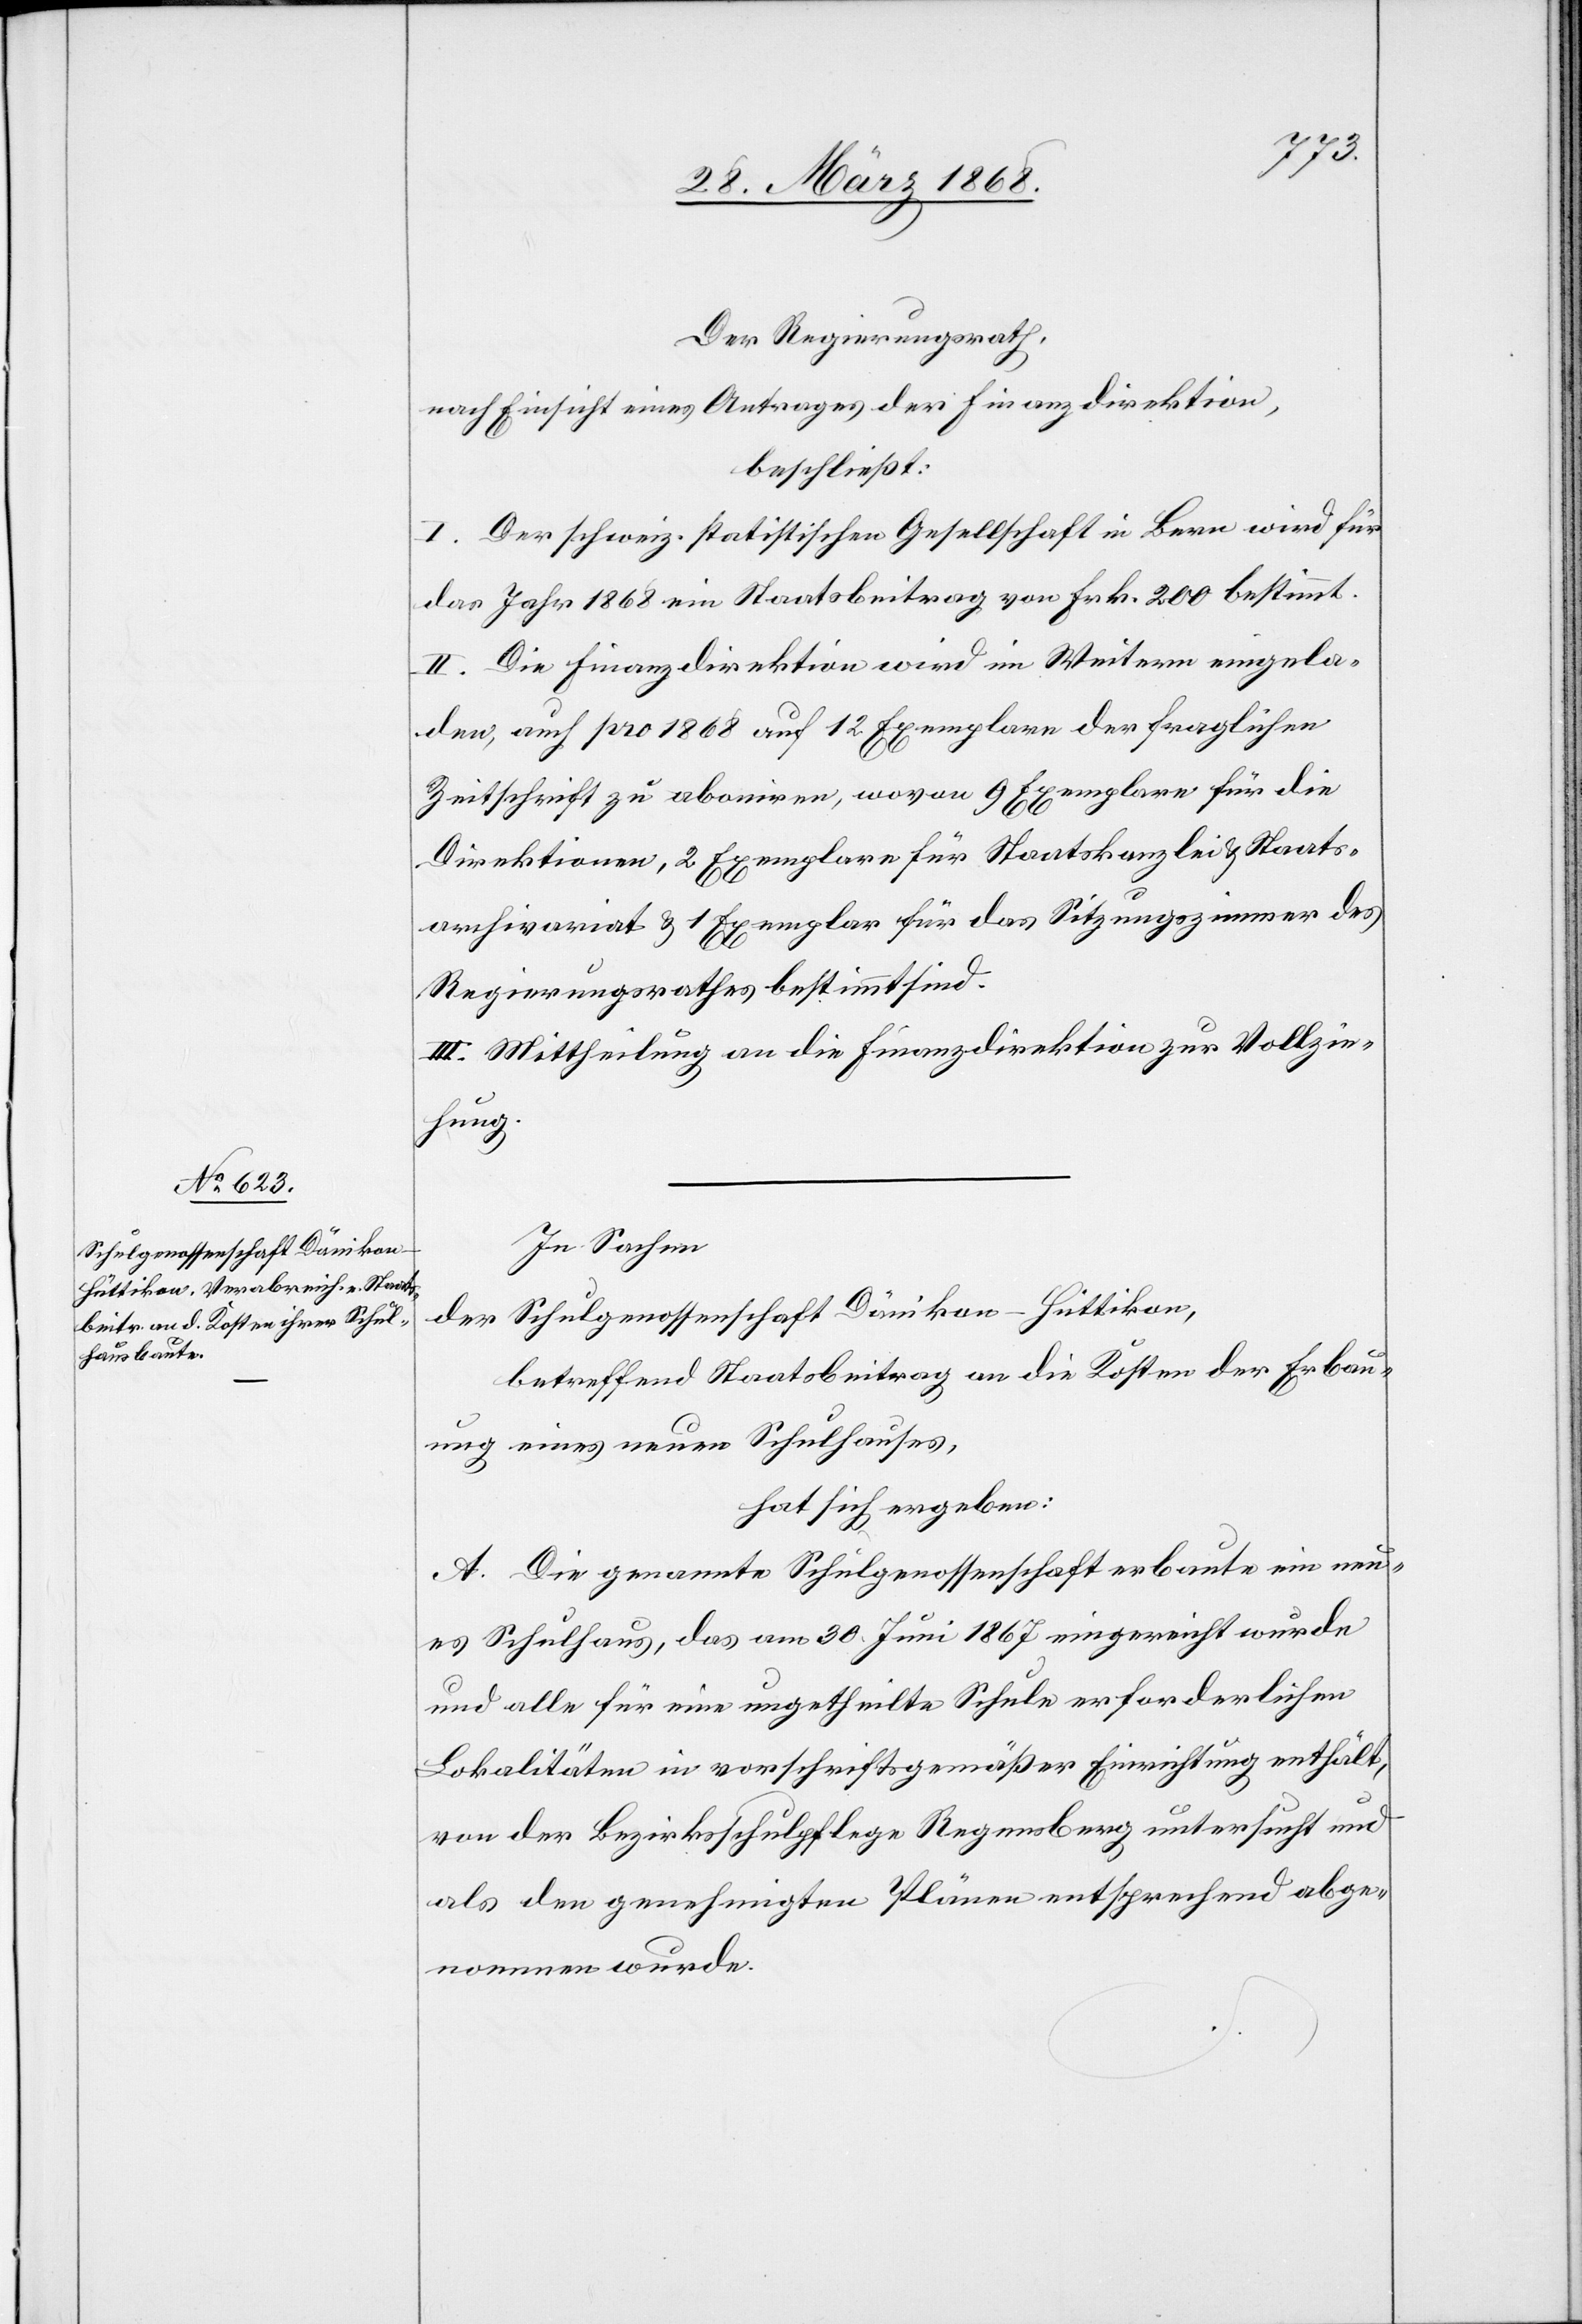
Der Regierungsrath,
nach Einsicht eines Antrages der Finanzdirektion,
beschließt:
I. Der schweiz. statistischen Gesellschaft in Bern wird für
das Jahr 1868 ein Staatsbeitrag von Frk. 200 bestimmt.
II. Die Finanzdirektion wird im Weitern eingela¬
den, auch pro 1868 auf 12 Exemplare der fraglichen
Zeitschrift zu abon[n]iren, wovon 9 Exemplare für die
Direktionen, 2 Exemplare für Staatskanzlei & Staats¬
archivariat & 1 Exemplar für das Sitzungszimmer des
Regierungsrathes bestimmt sind.
III. Mittheilung an die Finanzdirektion zur Vollzie¬
hung.
In Sachen
der Schulgenossenschaft Dänikon-Hüttikon,
betreffend Staatsbeitrag an die Kosten der Erbau¬
ung eines neuen Schulhauses,
hat sich ergeben:
A. Die genannte Schulgenossenschaft erbaute ein neu¬
es Schulhaus, das am 30. Juni 1867 eingereicht wurde
und alle für eine ungetheilte Schule erforderlichen
Lokalitäten in vorschriftsgemäßer Einrichtung enthält,
von der Bezirksschulpflege Regensberg untersucht und
als den genehmigten Plänen entsprechend abge¬
nommen wurde.